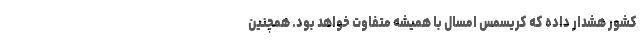
کشور هشدار داده که کریسمس امسال با همیشه متفاوت خواهد بود. همچنین